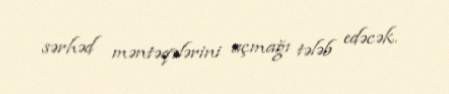
sərhəd məntəqələrini açmağı tələb edəcək.